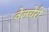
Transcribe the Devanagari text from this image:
वेलचेरी